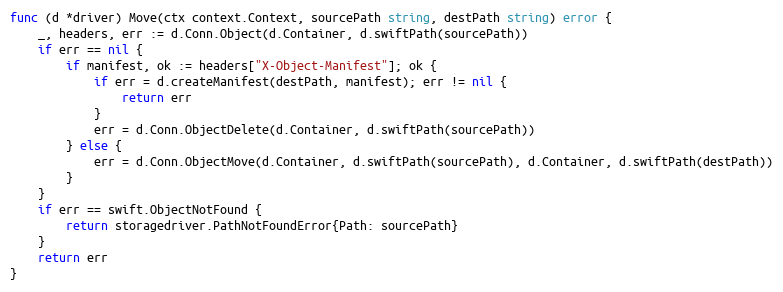
Language: Go
func (d *driver) Move(ctx context.Context, sourcePath string, destPath string) error {
	_, headers, err := d.Conn.Object(d.Container, d.swiftPath(sourcePath))
	if err == nil {
		if manifest, ok := headers["X-Object-Manifest"]; ok {
			if err = d.createManifest(destPath, manifest); err != nil {
				return err
			}
			err = d.Conn.ObjectDelete(d.Container, d.swiftPath(sourcePath))
		} else {
			err = d.Conn.ObjectMove(d.Container, d.swiftPath(sourcePath), d.Container, d.swiftPath(destPath))
		}
	}
	if err == swift.ObjectNotFound {
		return storagedriver.PathNotFoundError{Path: sourcePath}
	}
	return err
}